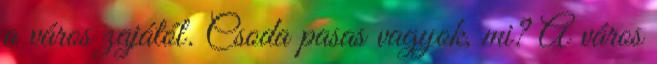
a város zajától. Csoda pasas vagyok, mi? A város